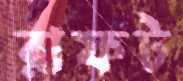
রাফট